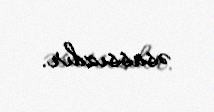
əsassızdır.